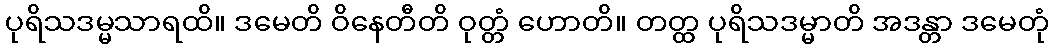
ပုရိသဒမ္မသာရထိ။ ဒမေတိ ဝိနေတီတိ ဝုတ္တံ ဟောတိ။ တတ္ထ ပုရိသဒမ္မာတိ အဒန္တာ ဒမေတုံ